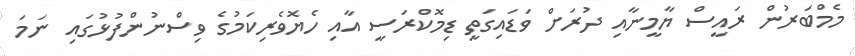
މެމްބަރުން ރައީސް ޔާމީނާއި ދުރަށް ވަޑައިގަތީ ޑިމޮކްރަސީ އާއި ހެޔޮވެރިކަމުގެ ވިސްނުންފުޅުގައި ނަމަ